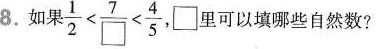
8.如果$$\frac { 1 } { 2 } < \frac { 7 } { \Box } < \frac { 4 } { 5 }$$，\Box里可以填哪些自然数?